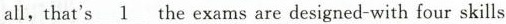
all, that's \underline{1} the exams are designed-with four skills